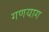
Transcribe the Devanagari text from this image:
गणयाग